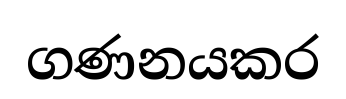
ගණනයකර